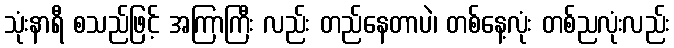
သုံးနာရီ စသည်ဖြင့် အကြာကြီး လည်း တည်နေတာပဲ၊ တစ်နေ့လုံး တစ်ညလုံးလည်း